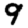
Digit: 9